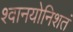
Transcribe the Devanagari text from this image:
श्वानयोनिशतं